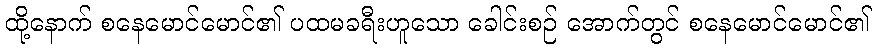
ထို့နောက် စနေမောင်မောင်၏ ပထမခရီးဟူသော ခေါင်းစဉ် အောက်တွင် စနေမောင်မောင်၏